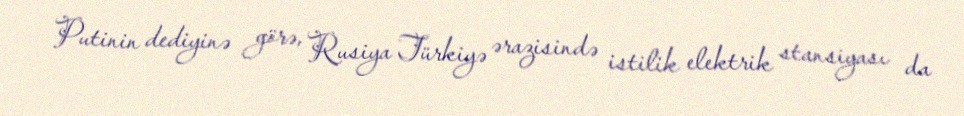
Putinin dediyinə görə, Rusiya Türkiyə ərazisində istilik elektrik stansiyası da